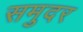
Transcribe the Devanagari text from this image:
समुदर